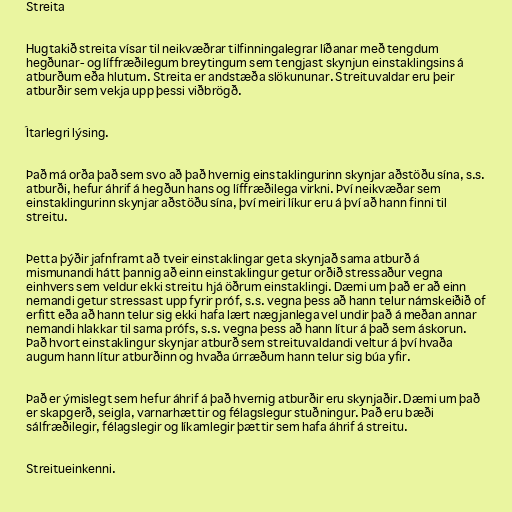
Streita

Hugtakið streita vísar til neikvæðrar tilfinningalegrar líðanar með tengdum
hegðunar- og líffræðilegum breytingum sem tengjast skynjun einstaklingsins á
atburðum eða hlutum. Streita er andstæða slökununar. Streituvaldar eru þeir
atburðir sem vekja upp þessi viðbrögð.

Ítarlegri lýsing.

Það má orða það sem svo að það hvernig einstaklingurinn skynjar aðstöðu sína, s.s.
atburði, hefur áhrif á hegðun hans og líffræðilega virkni. Því neikvæðar sem
einstaklingurinn skynjar aðstöðu sína, því meiri líkur eru á því að hann finni til
streitu.

Þetta þýðir jafnframt að tveir einstaklingar geta skynjað sama atburð á
mismunandi hátt þannig að einn einstaklingur getur orðið stressaður vegna
einhvers sem veldur ekki streitu hjá öðrum einstaklingi. Dæmi um það er að einn
nemandi getur stressast upp fyrir próf, s.s. vegna þess að hann telur námskeiðið of
erfitt eða að hann telur sig ekki hafa lært nægjanlega vel undir það á meðan annar
nemandi hlakkar til sama prófs, s.s. vegna þess að hann lítur á það sem áskorun.
Það hvort einstaklingur skynjar atburð sem streituvaldandi veltur á því hvaða
augum hann lítur atburðinn og hvaða úrræðum hann telur sig búa yfir.

Það er ýmislegt sem hefur áhrif á það hvernig atburðir eru skynjaðir. Dæmi um það
er skapgerð, seigla, varnarhættir og félagslegur stuðningur. Það eru bæði
sálfræðilegir, félagslegir og líkamlegir þættir sem hafa áhrif á streitu.

Streitueinkenni.